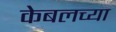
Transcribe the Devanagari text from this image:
केबलच्या